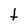
Character: t